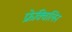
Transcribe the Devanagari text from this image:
फ्रेक्विलिन